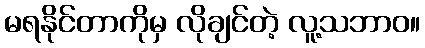
မရနိုင်တာကိုမှ လိုချင်တဲ့ လူ့သဘာဝ။